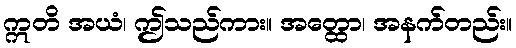
ဣတိ အယံ၊ ဤသည်ကား။ အတ္ထော၊ အနက်တည်း။